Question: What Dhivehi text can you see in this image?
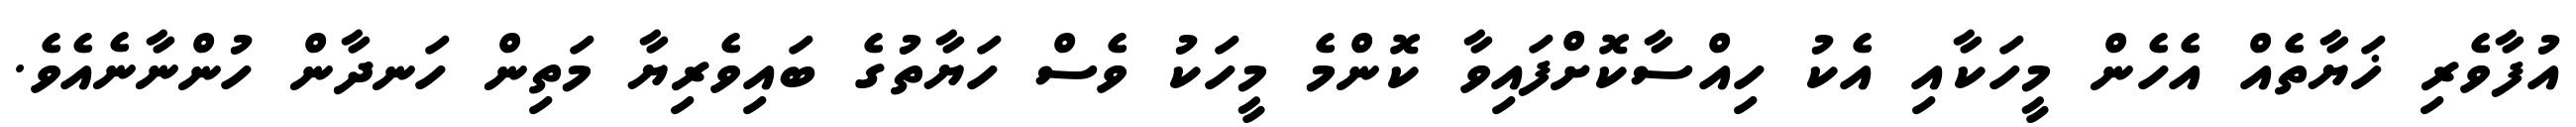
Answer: އުފާވެރި ޚަޔާތެއް އެހެން މީހަކާއި އެކު ހިއްސާކޮށްފައިވާ ކޮންމެ މީހަކު ވެސް ހަޔާތުގެ ބައިވެރިޔާ މަތިން ހަނދާން ހުންނާނެއެވެ.